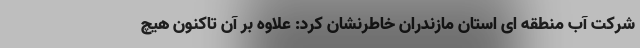
شرکت آب منطقه ای استان مازندران خاطرنشان کرد: علاوه بر آن تاکنون هیچ